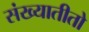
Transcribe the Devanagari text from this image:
संख्यातीतो